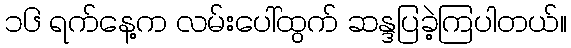
၁၆ ရက်နေ့က လမ်းပေါ်ထွက် ဆန္ဒပြခဲ့ကြပါတယ်။